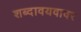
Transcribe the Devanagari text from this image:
शब्दावयवावर